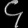
Digit: ၄